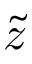
\tilde { z }